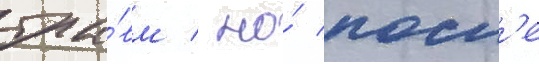
тра́вм / но́ посл'е